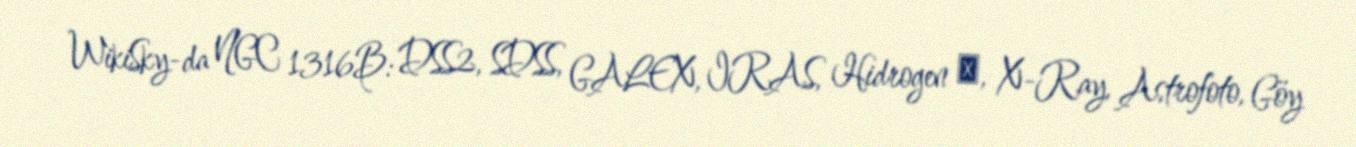
WikiSky-da NGC 1316B: DSS2, SDSS, GALEX, IRAS, Hidrogen α, X-Ray, Astrofoto, Göy